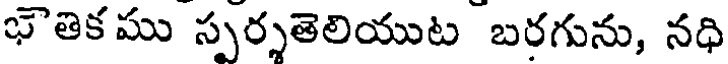
భౌతికము స్పర్శతెలియుట బరగును, నధి